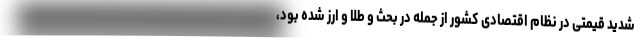
شدید قیمتی در نظام اقتصادی کشور از جمله در بحث و طلا و ارز شده بود،